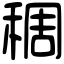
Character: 稠